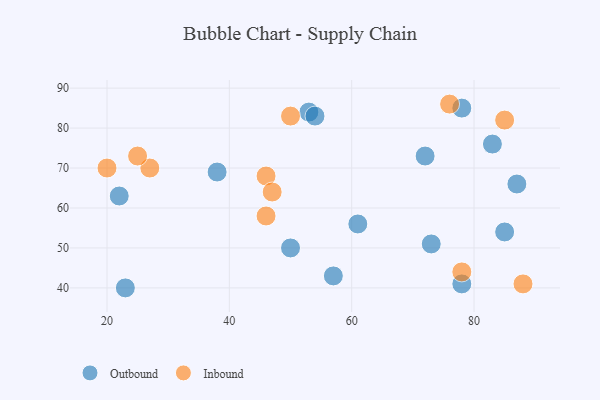
{"axis": {"x": "GDP", "y": "Life Expectancy"}, "legend": ["Inbound", "Outbound"], "data": [{"x": "72", "y": 73, "type": "Outbound"}, {"x": "78", "y": 85, "type": "Outbound"}, {"x": "73", "y": 51, "type": "Outbound"}, {"x": "38", "y": 69, "type": "Outbound"}, {"x": "57", "y": 43, "type": "Outbound"}, {"x": "53", "y": 84, "type": "Outbound"}, {"x": "83", "y": 76, "type": "Outbound"}, {"x": "23", "y": 40, "type": "Outbound"}, {"x": "54", "y": 83, "type": "Outbound"}, {"x": "50", "y": 50, "type": "Outbound"}, {"x": "22", "y": 63, "type": "Outbound"}, {"x": "85", "y": 54, "type": "Outbound"}, {"x": "78", "y": 41, "type": "Outbound"}, {"x": "87", "y": 66, "type": "Outbound"}, {"x": "61", "y": 56, "type": "Outbound"}, {"x": "46", "y": 68, "type": "Inbound"}, {"x": "85", "y": 82, "type": "Inbound"}, {"x": "46", "y": 58, "type": "Inbound"}, {"x": "50", "y": 83, "type": "Inbound"}, {"x": "78", "y": 44, "type": "Inbound"}, {"x": "27", "y": 70, "type": "Inbound"}, {"x": "47", "y": 64, "type": "Inbound"}, {"x": "25", "y": 73, "type": "Inbound"}, {"x": "20", "y": 70, "type": "Inbound"}, {"x": "88", "y": 41, "type": "Inbound"}, {"x": "76", "y": 86, "type": "Inbound"}]}